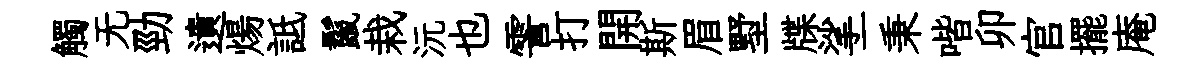
觸无勁遺煬詆鬣栽沅也霅打開斯眉墅牒挲一秉喈卯官擺庵